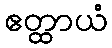
ဧတ္ထာယံ